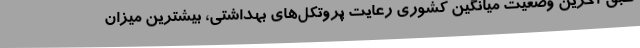
طبق آخرین وضعیت میانگین کشوری رعایت پروتکل‌های بهداشتی، بیشترین میزان